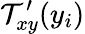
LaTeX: \mathcal{T}_{xy}^{\prime}(y_{i})